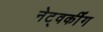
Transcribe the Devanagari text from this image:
नेट्वर्कींग